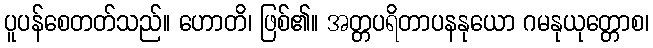
ပူပန်စေတတ်သည်။ ဟောတိ၊ ဖြစ်၏။ အတ္တပရိတာပနနုယော ဂမနုယုတ္တောစ၊